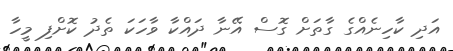
އަދި ކާހިނެއްގެ ގާތަށް ގޮސް އޭނާ ދައްކާ ވާހަކަ ތެދު ކޮށްފި މީހާ